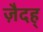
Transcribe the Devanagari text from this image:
ज़ैदह्